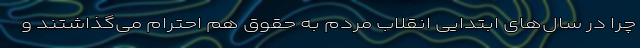
چرا در سال‌های ابتدایی انقلاب مردم به حقوق هم احترام می‌گذاشتند و